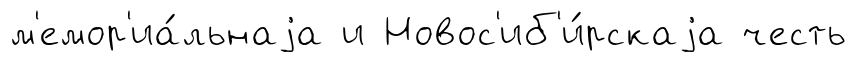
м'емор'иа́льнаjа и Новос'иб'и́рскаjа честь